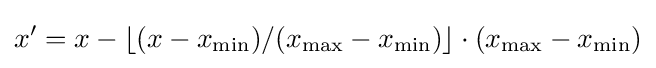
x'=x-\lfloor (x-x_{\text{min}})/(x_{\text{max}}-x_{\text{min}})\rfloor \cdot (x_{\text{max}}-x_{\text{min}})